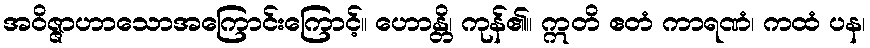
အဝိဇ္ဇာဟာသောအကြောင်းကြောင့်။ ဟောန္တိ၊ ကုန်၏။ ဣတိ ဧတံ ကာရဏံ၊ ကထံ ပန၊